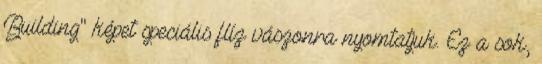
Building" képet speciális flíz vászonra nyomtatjuk. Ez a sok,